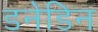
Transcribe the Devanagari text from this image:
डनेडिन